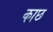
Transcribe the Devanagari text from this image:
काछ